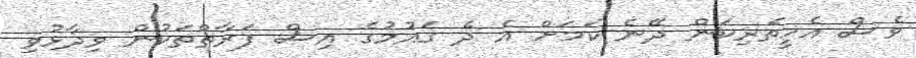
ވެސް އެހީތެރިކަން ދޭނެ ކަމަށް އެ ދެ ގައުމުގެ އިސް ފަރާތްތަކުން ވިދާޅުވި